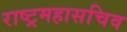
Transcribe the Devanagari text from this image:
राष्ट्रमहासचिव